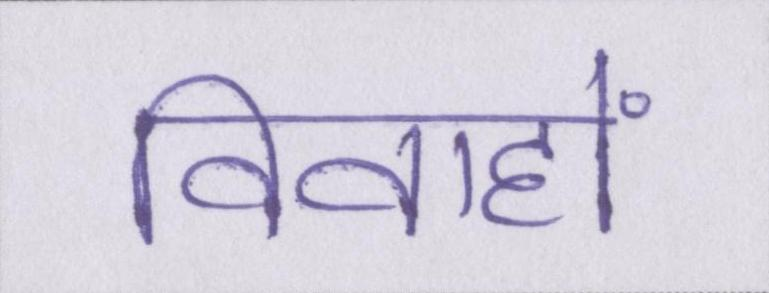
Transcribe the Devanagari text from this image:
विवाहों